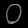
Digit: ၀